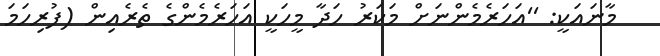
މާނައަކީ: ''އަހަރެމެންނަށް މަކަރު ހަދާ މީހަކީ އަހަރެމެންގެ ތެރެއިން (ފުރިހަމަ